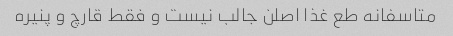
متاسفانه طع غذا اصلن جالب نیست و فقط قارچ و پنیره